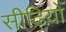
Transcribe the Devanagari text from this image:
सीढियोँ